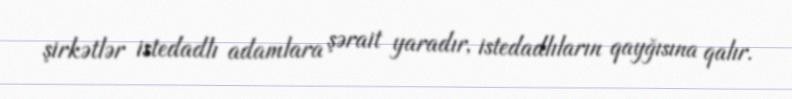
şirkətlər istedadlı adamlara şərait yaradır, istedadlıların qayğısına qalır.